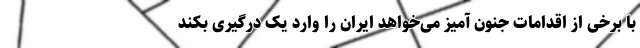
با برخی از اقدامات جنون آمیز می‌خواهد ایران را وارد یک درگیری بکند